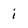
Character: i